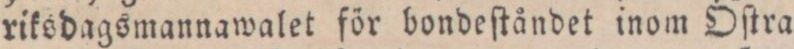
riksdagsmannawalet för bondeſtåndet inom Óſtra